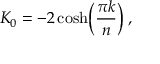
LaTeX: K _ { 0 } = - 2 \cosh \biggr ( { \frac { \pi k } { n } } \biggr ) \; ,